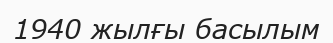
1940 жылғы басылым